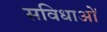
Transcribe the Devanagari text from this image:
सविधाओं